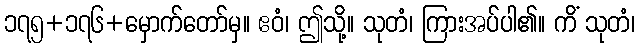
၁၇၅+၁၇၆+မှောက်တော်မှ။ ဧဝံ၊ ဤသို့။ သုတံ၊ ကြားအပ်ပါ၏။ ကိံ သုတံ၊